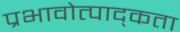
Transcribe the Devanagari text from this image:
प्रभावोत्पाद्कता